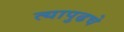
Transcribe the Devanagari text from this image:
त्यापुढचे